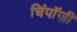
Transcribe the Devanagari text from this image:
चिंपाॅज़ी